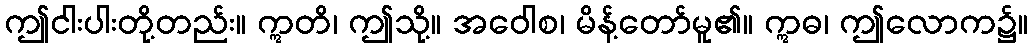
ဤငါးပါးတို့တည်း။ ဣတိ၊ ဤသို့။ အဝေါစ၊ မိန့်တော်မူ၏။ ဣဓ၊ ဤလောက၌။